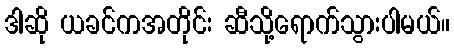
ဒါဆို ယခင်ကအတိုင်း ဆီသို့ရောက်သွားပါမယ်။